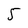
Character: 5